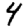
Digit: 4